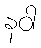
နဝါ